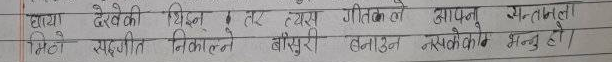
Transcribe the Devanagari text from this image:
छाया देखेकी थिइन । तर त्यस गीतकले आफ्ना सन्तानला
मिठो सद्‌गीत निकाल्ने बासुरी बनाउन नसकेको भन्नु हो।